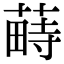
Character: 𦸎